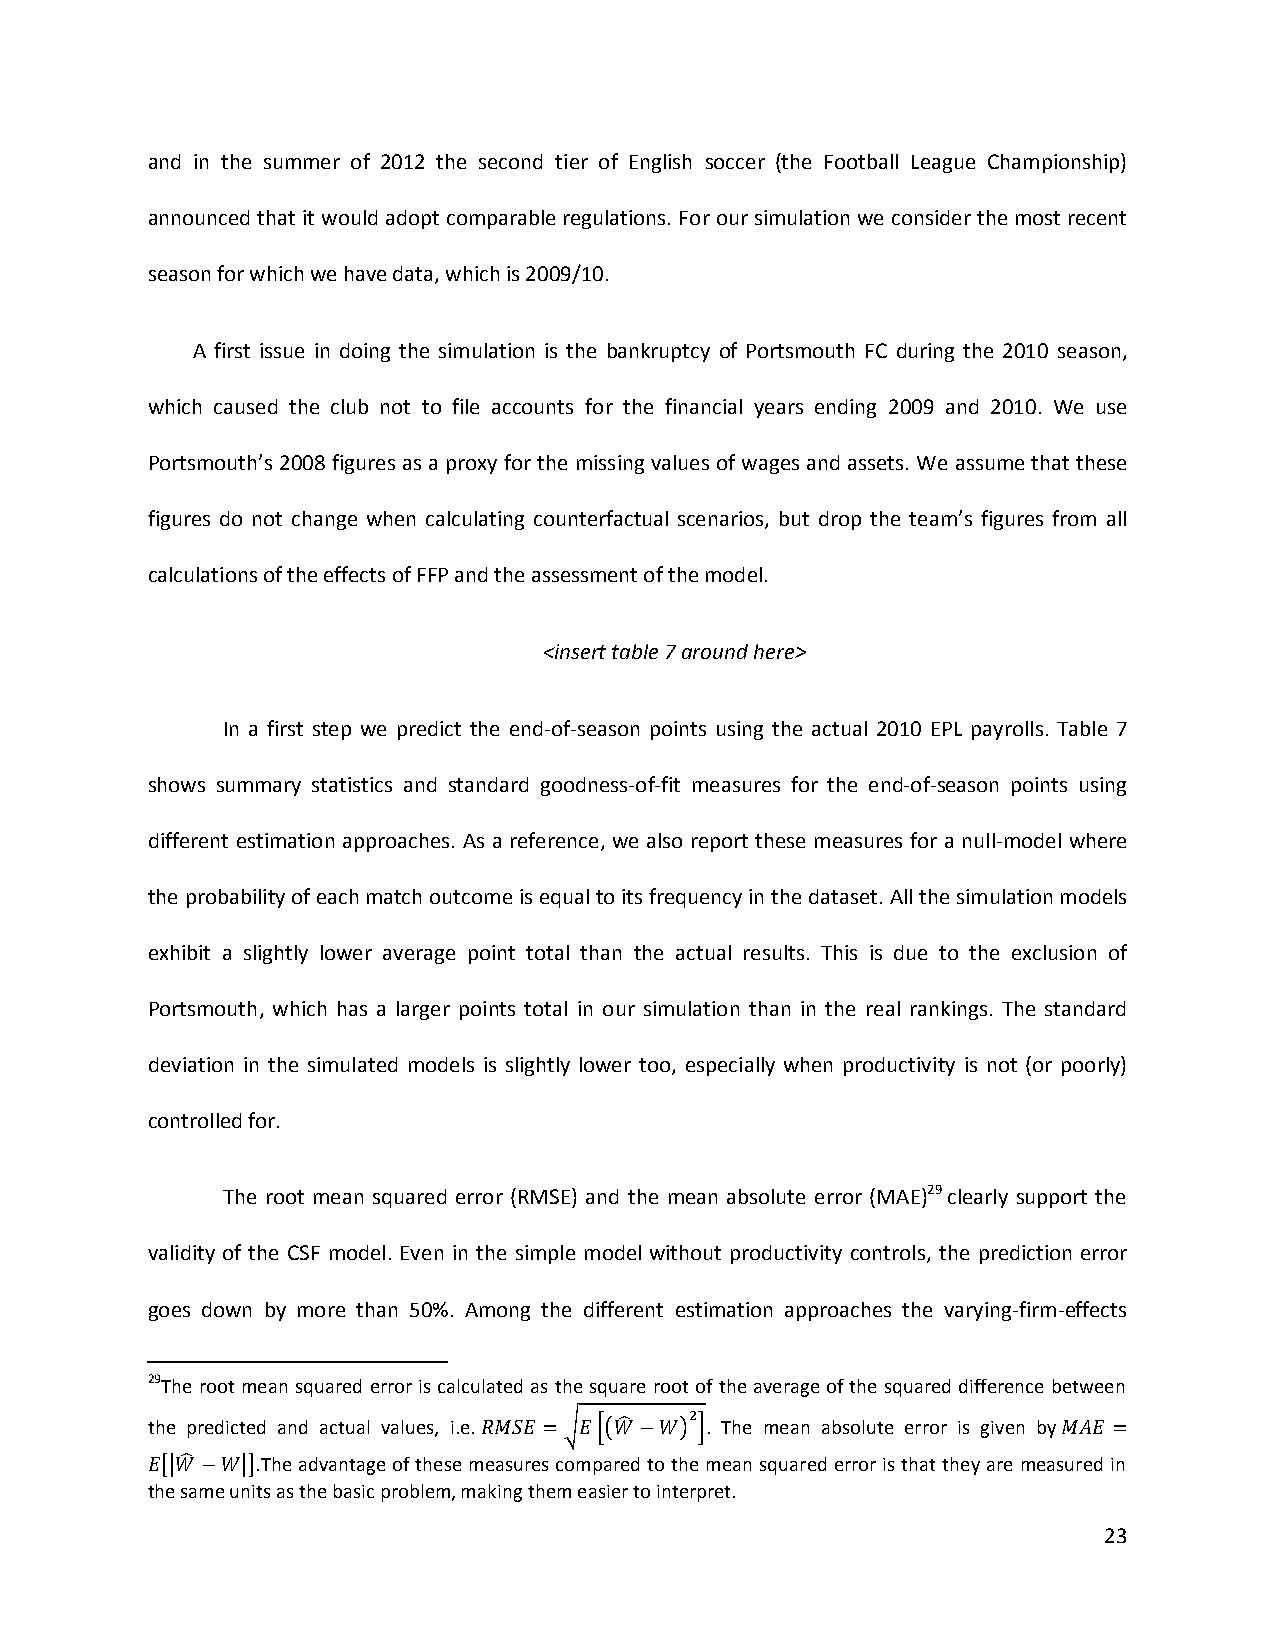
and in the summer of 2012 the second tier of English soccer (the Football League Championship)
 announced that it would adopt comparable regulations. For our simulation we consider the most recent
 season for which we have data, which is 2009/10.
 A first issue in doing the simulation is the bankruptcy of Portsmouth FC during the 2010 season,
 which caused the club not to file accounts for the financial years ending 2009 and 2010. We use
 Portsmouth’s 2008 figures as a proxy for the missing values of wages and assets. We assume that these
 figures do not change when calculating counterfactual scenarios, but drop the team’s figures from all
 calculations of the effects of FFP and the assessment of the model.
 <insert table 7 around here>
 In a first step we predict the end-of-season points using the actual 2010 EPL payrolls. Table 7
 shows summary statistics and standard goodness-of-fit measures for the end-of-season points using
 different estimation approaches. As a reference, we also report these measures for a null-model where
 the probability of each match outcome is equal to its frequency in the dataset. All the simulation models
 exhibit a slightly lower average point total than the actual results. This is due to the exclusion of
 Portsmouth, which has a larger points total in our simulation than in the real rankings. The standard
 deviation in the simulated models is slightly lower too, especially when productivity is not (or poorly)
 controlled for.
 The root mean squared error (RMSE) and the mean absolute error (MAE)29 clearly support the
 validity of the CSF model. Even in the simple model without productivity controls, the prediction error
 goes down by more than 50%. Among the different estimation approaches the varying-firm-effects
 29The root mean squared error is calculated as the square root of the average of the squared difference between
 the predicted and actual values, i.e. . The mean absolute error is given by
 .The advantage of these measures compared to the mean squared error is that they are measured in
 the same units as the basic problem, making them easier to interpret.
 23